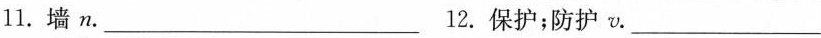
11.墙n___.12.保护；防护v.___